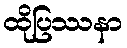
ထိုပြဿနာ